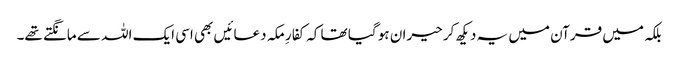
بلکہ میں قرآن میں یہ دیکھ کر حیران ہو گیا تھا کہ کفارِ مکہ دعائیں بھی اسی ایک اللہ سے مانگتے تھے۔